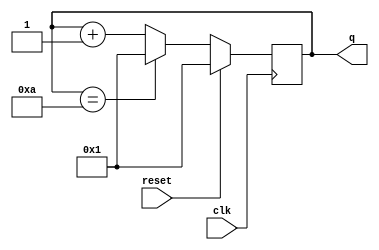
module top_module (
    input clk,
    input reset,        // Synchronous active-high reset
    output [3:0] q);
	always @(posedge clk) begin
        if (reset) begin
            q <= 4'b1;
        end else begin
            q <= (q==4'b1010) ? 4'b1 : q + 4'b1;
        end
    end
endmodule